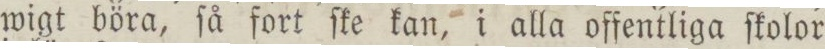
wigt böra, ſå fort ſke kan, i alla offentliga ſkolor